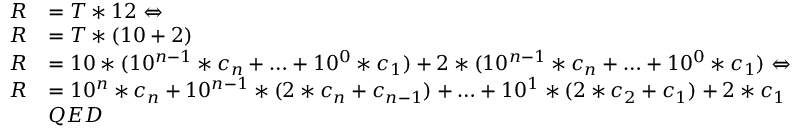
{ \begin{array} { r l } { R } & { = T * 1 2 \Leftrightarrow } \\ { R } & { = T * ( 1 0 + 2 ) } \\ { R } & { = 1 0 * ( 1 0 ^ { n - 1 } * c _ { n } + \ldots + 1 0 ^ { 0 } * c _ { 1 } ) + 2 * ( 1 0 ^ { n - 1 } * c _ { n } + \ldots + 1 0 ^ { 0 } * c _ { 1 } ) \Leftrightarrow } \\ { R } & { = 1 0 ^ { n } * c _ { n } + 1 0 ^ { n - 1 } * ( 2 * c _ { n } + c _ { n - 1 } ) + \ldots + 1 0 ^ { 1 } * ( 2 * c _ { 2 } + c _ { 1 } ) + 2 * c _ { 1 } } \\ & { Q E D } \end{array} }